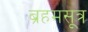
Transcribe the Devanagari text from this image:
ब्रहमसूत्र